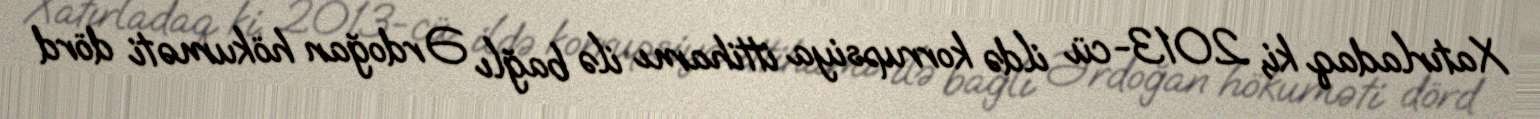
Xatırladaq ki, 2013-cü ildə korrupsiya ittihamı ilə bağlı Ərdoğan hökuməti dörd